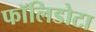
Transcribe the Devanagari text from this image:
फॉलिडोटा